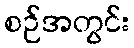
စဉ်အတွင်း